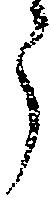
う